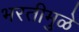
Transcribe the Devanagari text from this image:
भरतीमुळे